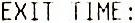
EXIT TIME: